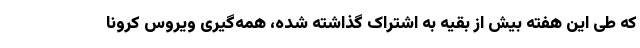
که طی این هفته بیش از بقیه به اشتراک گذاشته شده، همه‌گیری ویروس کرونا